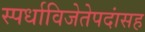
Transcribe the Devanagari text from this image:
स्पर्धाविजेतेपदांसह